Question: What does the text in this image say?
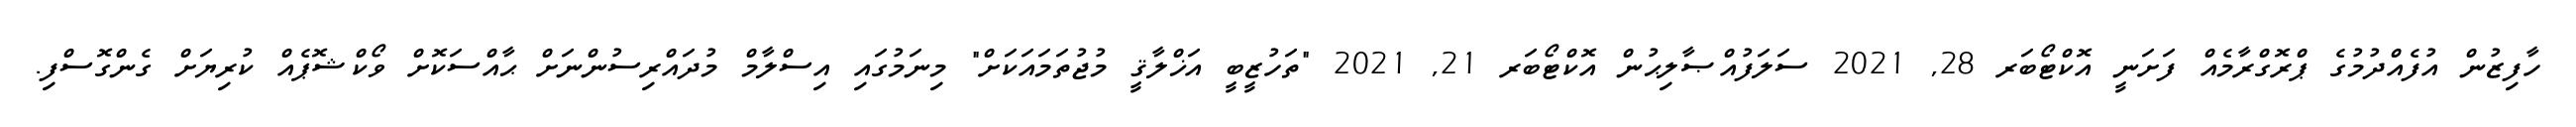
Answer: ހާފިޒުން އުފެއްދުމުގެ ޕްރޮގްރާމެއް ފަށަނީ އޮކްޓޯބަރ 28, 2021 ސަލަފުއްޞާލިޙުން އޮކްޓޯބަރ 21, 2021 "ތަހުޒީބީ އަޚްލާޤީ މުޖުތަމައަކަށް" މިނަމުގައި އިސްލާމް މުދައްރިސުންނަށް ޙާއްސަކޮށް ވޯކްޝޮޕެއް ކުރިޔަށް ގެންގޮސްފި.